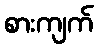
စားကျက်